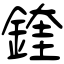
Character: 鍷